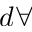
d \forall